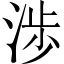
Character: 渉